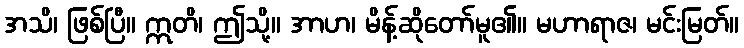
အသိ၊ ဖြစ်ပြီ။ ဣတိ၊ ဤသို့။ အာဟ၊ မိန့်ဆိုတော်မူ၏။ မဟာရာဇ၊ မင်းမြတ်။